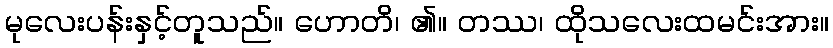
မုလေးပန်းနှင့်တူသည်။ ဟောတိ၊ ၏။ တဿ၊ ထိုသလေးထမင်းအား။